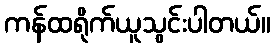
ကန်ထရိုက်ယူသွင်းပါတယ်။